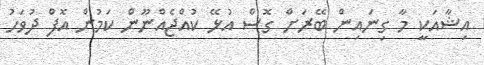
އިޝާއަކީ މާ ގިނައިން ބޭރަށް ގޮސް އުޅޭ ކުއްޖެއްނޫން ކަމުން އޮފް ދުވަހު